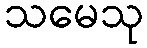
သမေသု